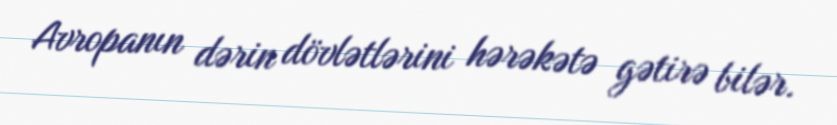
Avropanın dərin dövlətlərini hərəkətə gətirə bilər.